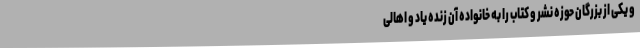
و یکی از بزرگان حوزه نشر و کتاب را به خانواده آن زنده یاد و اهالی